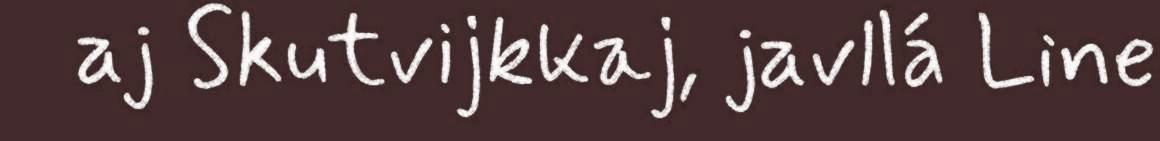
aj Skutvijkkaj, javllá Line